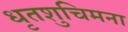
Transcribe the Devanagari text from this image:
धृतशुचिमना